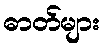
ဓာတ်များ